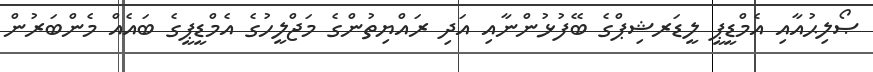
ޞޯލިޙުއާއި އެމްޑީޕީ ލީޑަރޝިޕްގެ ބޭފުޅުންނާއި އަދި ރައްޔިތުންގެ މަޖްލީހުގެ އެމްޑީޕީގެ ބައެއް މެންބަރުން